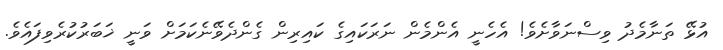
އުޅޭ ތަނާމެދު ވިސްނަވާށެވެ! އެހެނީ އެންމެން ނަރަކައިގެ ކައިރިން ގެންދެވޭނެކަމަށް ވަނީ ޚަބަރުކުރެވިފައެވެ.